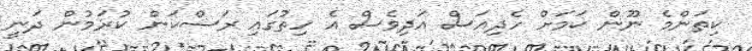
ކިތަންމެ ނޫން ކަމަށް ހެދިއަސް އަދިވެސް އެ ހިތުގައި ރަސްކަން ކުރަމުން ދަނީ